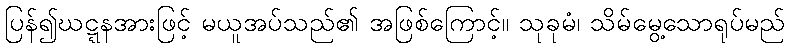
ပြန်၍ဃဋ္ဋနအားဖြင့် မယူအပ်သည်၏ အဖြစ်ကြောင့်။ သုခုမံ၊ သိမ်မွေ့သောရုပ်မည်